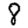
Digit: 8